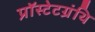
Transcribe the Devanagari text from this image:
प्रॉस्टेटग्रंथि